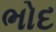
ભોદ